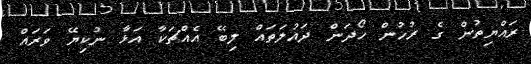
ރައްޔިތުން ގެ ރުހުން ހޯދަން ދައުލަތައް ލިބޭ އެއްޗަކާ އަޅާ ނުކިޔޭ ވަރައް